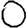
Digit: 0